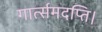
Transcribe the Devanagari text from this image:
गार्त्समदप्ति।